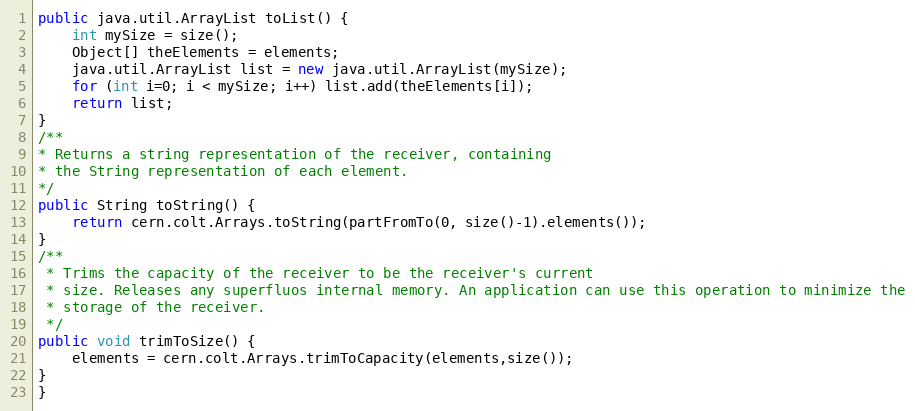
Language: Java
public java.util.ArrayList toList() {
	int mySize = size();
	Object[] theElements = elements;
	java.util.ArrayList list = new java.util.ArrayList(mySize);
	for (int i=0; i < mySize; i++) list.add(theElements[i]);
	return list;
}
/**
* Returns a string representation of the receiver, containing
* the String representation of each element.
*/
public String toString() {
	return cern.colt.Arrays.toString(partFromTo(0, size()-1).elements());
}
/**
 * Trims the capacity of the receiver to be the receiver's current
 * size. Releases any superfluos internal memory. An application can use this operation to minimize the
 * storage of the receiver.
 */
public void trimToSize() {
	elements = cern.colt.Arrays.trimToCapacity(elements,size());
}
}